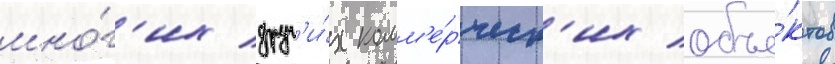
мно́г'их друг'и́х комм'е́рческ'их объе́ктов